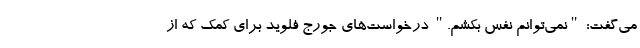
می‌گفت: "نمی‌توانم نفس بکشم." درخواست‌های جورج فلوید برای کمک که از